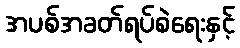
အပစ်အခတ်ရပ်စဲရေးနှင့်